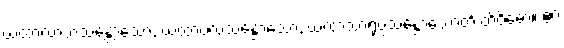
ယထာလာဘသန္တောသော, ယထာဗလသန္တောသော, ယထာသာရုပ္ပသန္တောသောတိ တိဝိဓော။ ဧဝံ